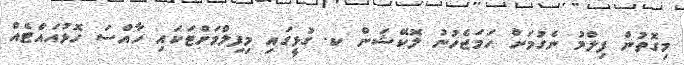
މިގޮތުން ފިލްމު ނެގުމަށް ހަމަޖެހުނު ލޮކޭޝަން ކ. ގުޅީގައި މިފިލްމަށްޓަކައި ހާއްސަ ހޮޅުއައްޓެއް